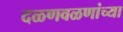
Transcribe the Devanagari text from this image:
दळणवळणांच्या